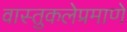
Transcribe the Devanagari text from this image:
वास्तुकलेप्रमाणे